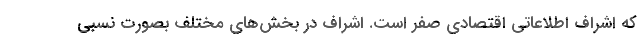
که اشراف اطلاعاتی اقتصادی صفر است. اشراف در بخش‌های مختلف بصورت نسبی